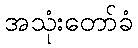
အသုံးတော်ခံ